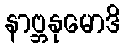
နာဗ္ဘနုမောဒိ